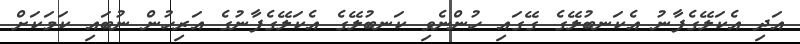
އަދި އެކަލޭގެފާނު އެކަނބުލޭގެ ގޭގައި ހުންނެވި ކަނބުލޭގެ އެކަލޭގެފާނުގެ އަރިހުން ނުބައި ކަމަކަށް